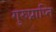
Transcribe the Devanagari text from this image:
गुरुप्राप्ति